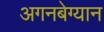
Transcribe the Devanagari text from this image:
अगनबेग्यान